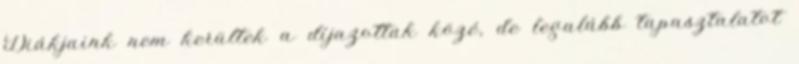
Diákjaink nem kerültek a díjazottak közé, de legalább tapasztalatot